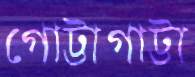
গোট্টাগাট্টা